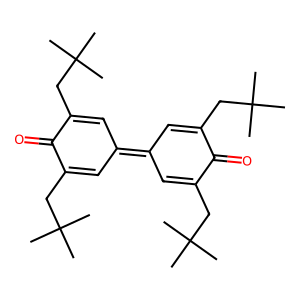
SMILES: CC(C)(C)CC1=CC(=C2C=C(CC(C)(C)C)C(=O)C(CC(C)(C)C)=C2)C=C(CC(C)(C)C)C1=O
Inhibits HIV replication: No